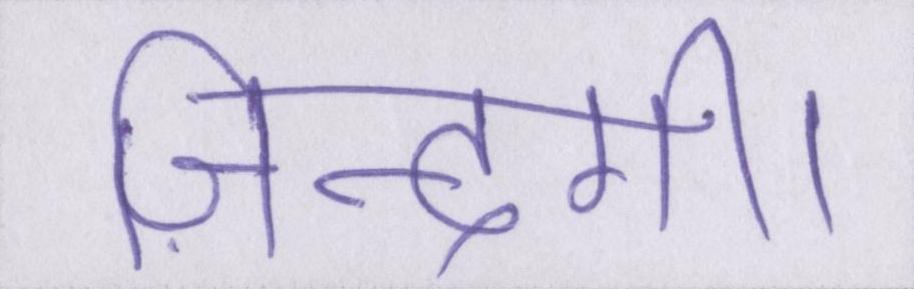
ज़िन्दगी।